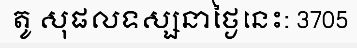
តូ សុផលទស្សនាថ្ងៃនេះ: 3705